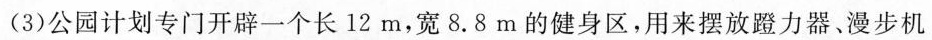
(3)公园计划专门开辟一个长12m，宽8.8m的健身区，用来摆放蹬力器、漫步机